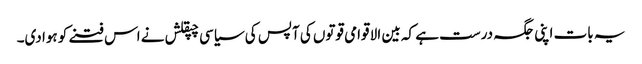
یہ بات اپنی جگہ درست ہے کہ بین الا قوامی قوتوں کی آپس کی سیاسی چپقلش نے اس فتنے کو ہوا دی۔